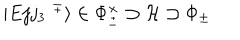
| E j j _ { 3 } \, \, ^ { \mp } \rangle \in \Phi _ { \pm } ^ { \times } \supset { \mathcal H } \supset \Phi _ { \pm }